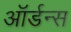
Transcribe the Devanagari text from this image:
ऑर्डन्स